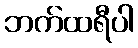
ဘက်ထရီပါ